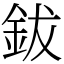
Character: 鈸